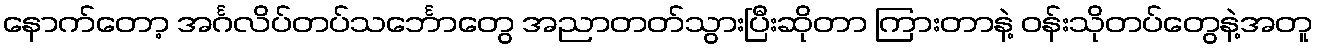
နောက်တော့ အင်္ဂလိပ်တပ်သင်္ဘောတွေ အညာတတ်သွားပြီးဆိုတာ ကြားတာနဲ့ ဝန်းသိုတပ်တွေနဲ့အတူ